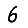
Digit: 6